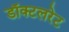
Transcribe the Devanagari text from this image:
डॉक्टलरेट